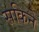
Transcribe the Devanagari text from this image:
सकिने